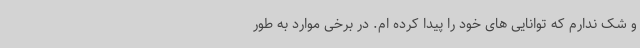
و شک ندارم که توانایی های خود را پیدا کرده ام. در برخی موارد به طور